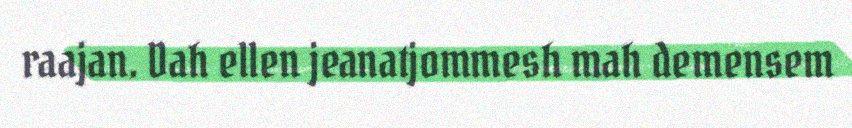
raajan. Dah ellen jeanatjommesh mah demensem